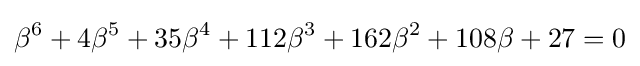
\beta ^{6}+4\beta ^{5}+35\beta ^{4}+112\beta ^{3}+162\beta ^{2}+108\beta +27=0